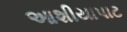
આશીયાપાટ